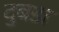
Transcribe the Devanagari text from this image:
दुबडा